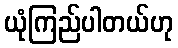
ယုံကြည်ပါတယ်ဟု